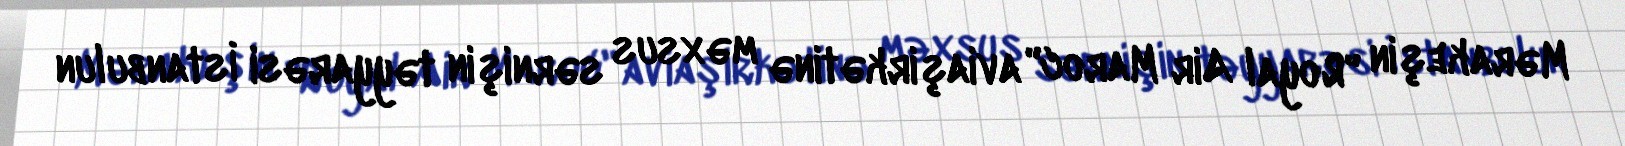
Mərakeşin "Royal Air Maroc" aviaşirkətinə məxsus sərnişin təyyarəsi İstanbulun